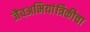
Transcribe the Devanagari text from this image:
जैवअभियांत्रिकीचा